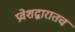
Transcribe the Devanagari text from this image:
प्रवेशद्वारातच